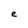
Character: e